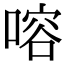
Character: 𠹍